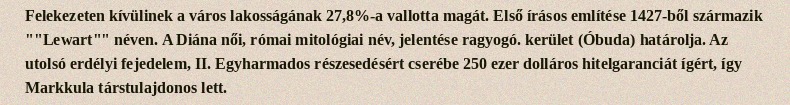
Felekezeten kívülinek a város lakosságának 27,8%-a vallotta magát. Első írásos említése 1427-ből származik ""Lewart"" néven. A Diána női, római mitológiai név, jelentése ragyogó. kerület (Óbuda) határolja. Az utolsó erdélyi fejedelem, II. Egyharmados részesedésért cserébe 250 ezer dolláros hitelgaranciát ígért, így Markkula társtulajdonos lett.